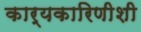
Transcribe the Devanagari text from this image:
कार्यकारिणीशी